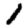
Digit: 1